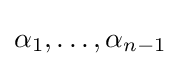
\alpha _{1},\ldots ,\alpha _{n-1}